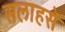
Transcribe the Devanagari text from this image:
सलाहसे